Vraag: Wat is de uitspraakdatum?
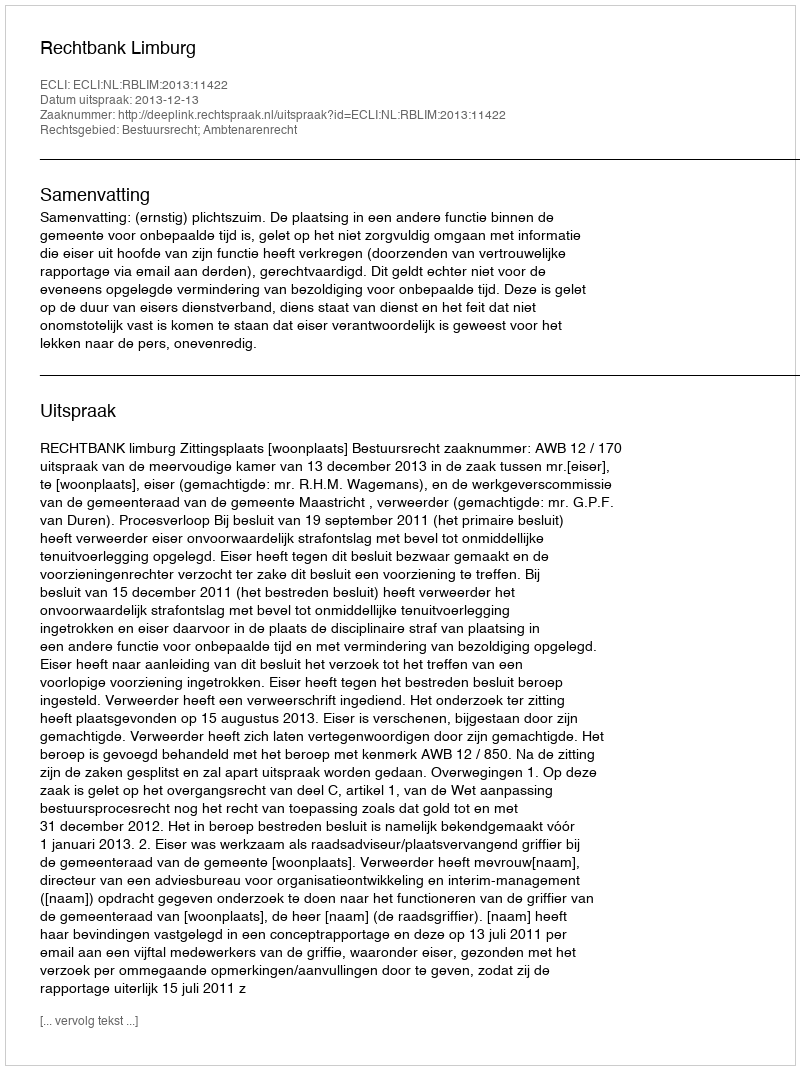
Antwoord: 2013-12-13